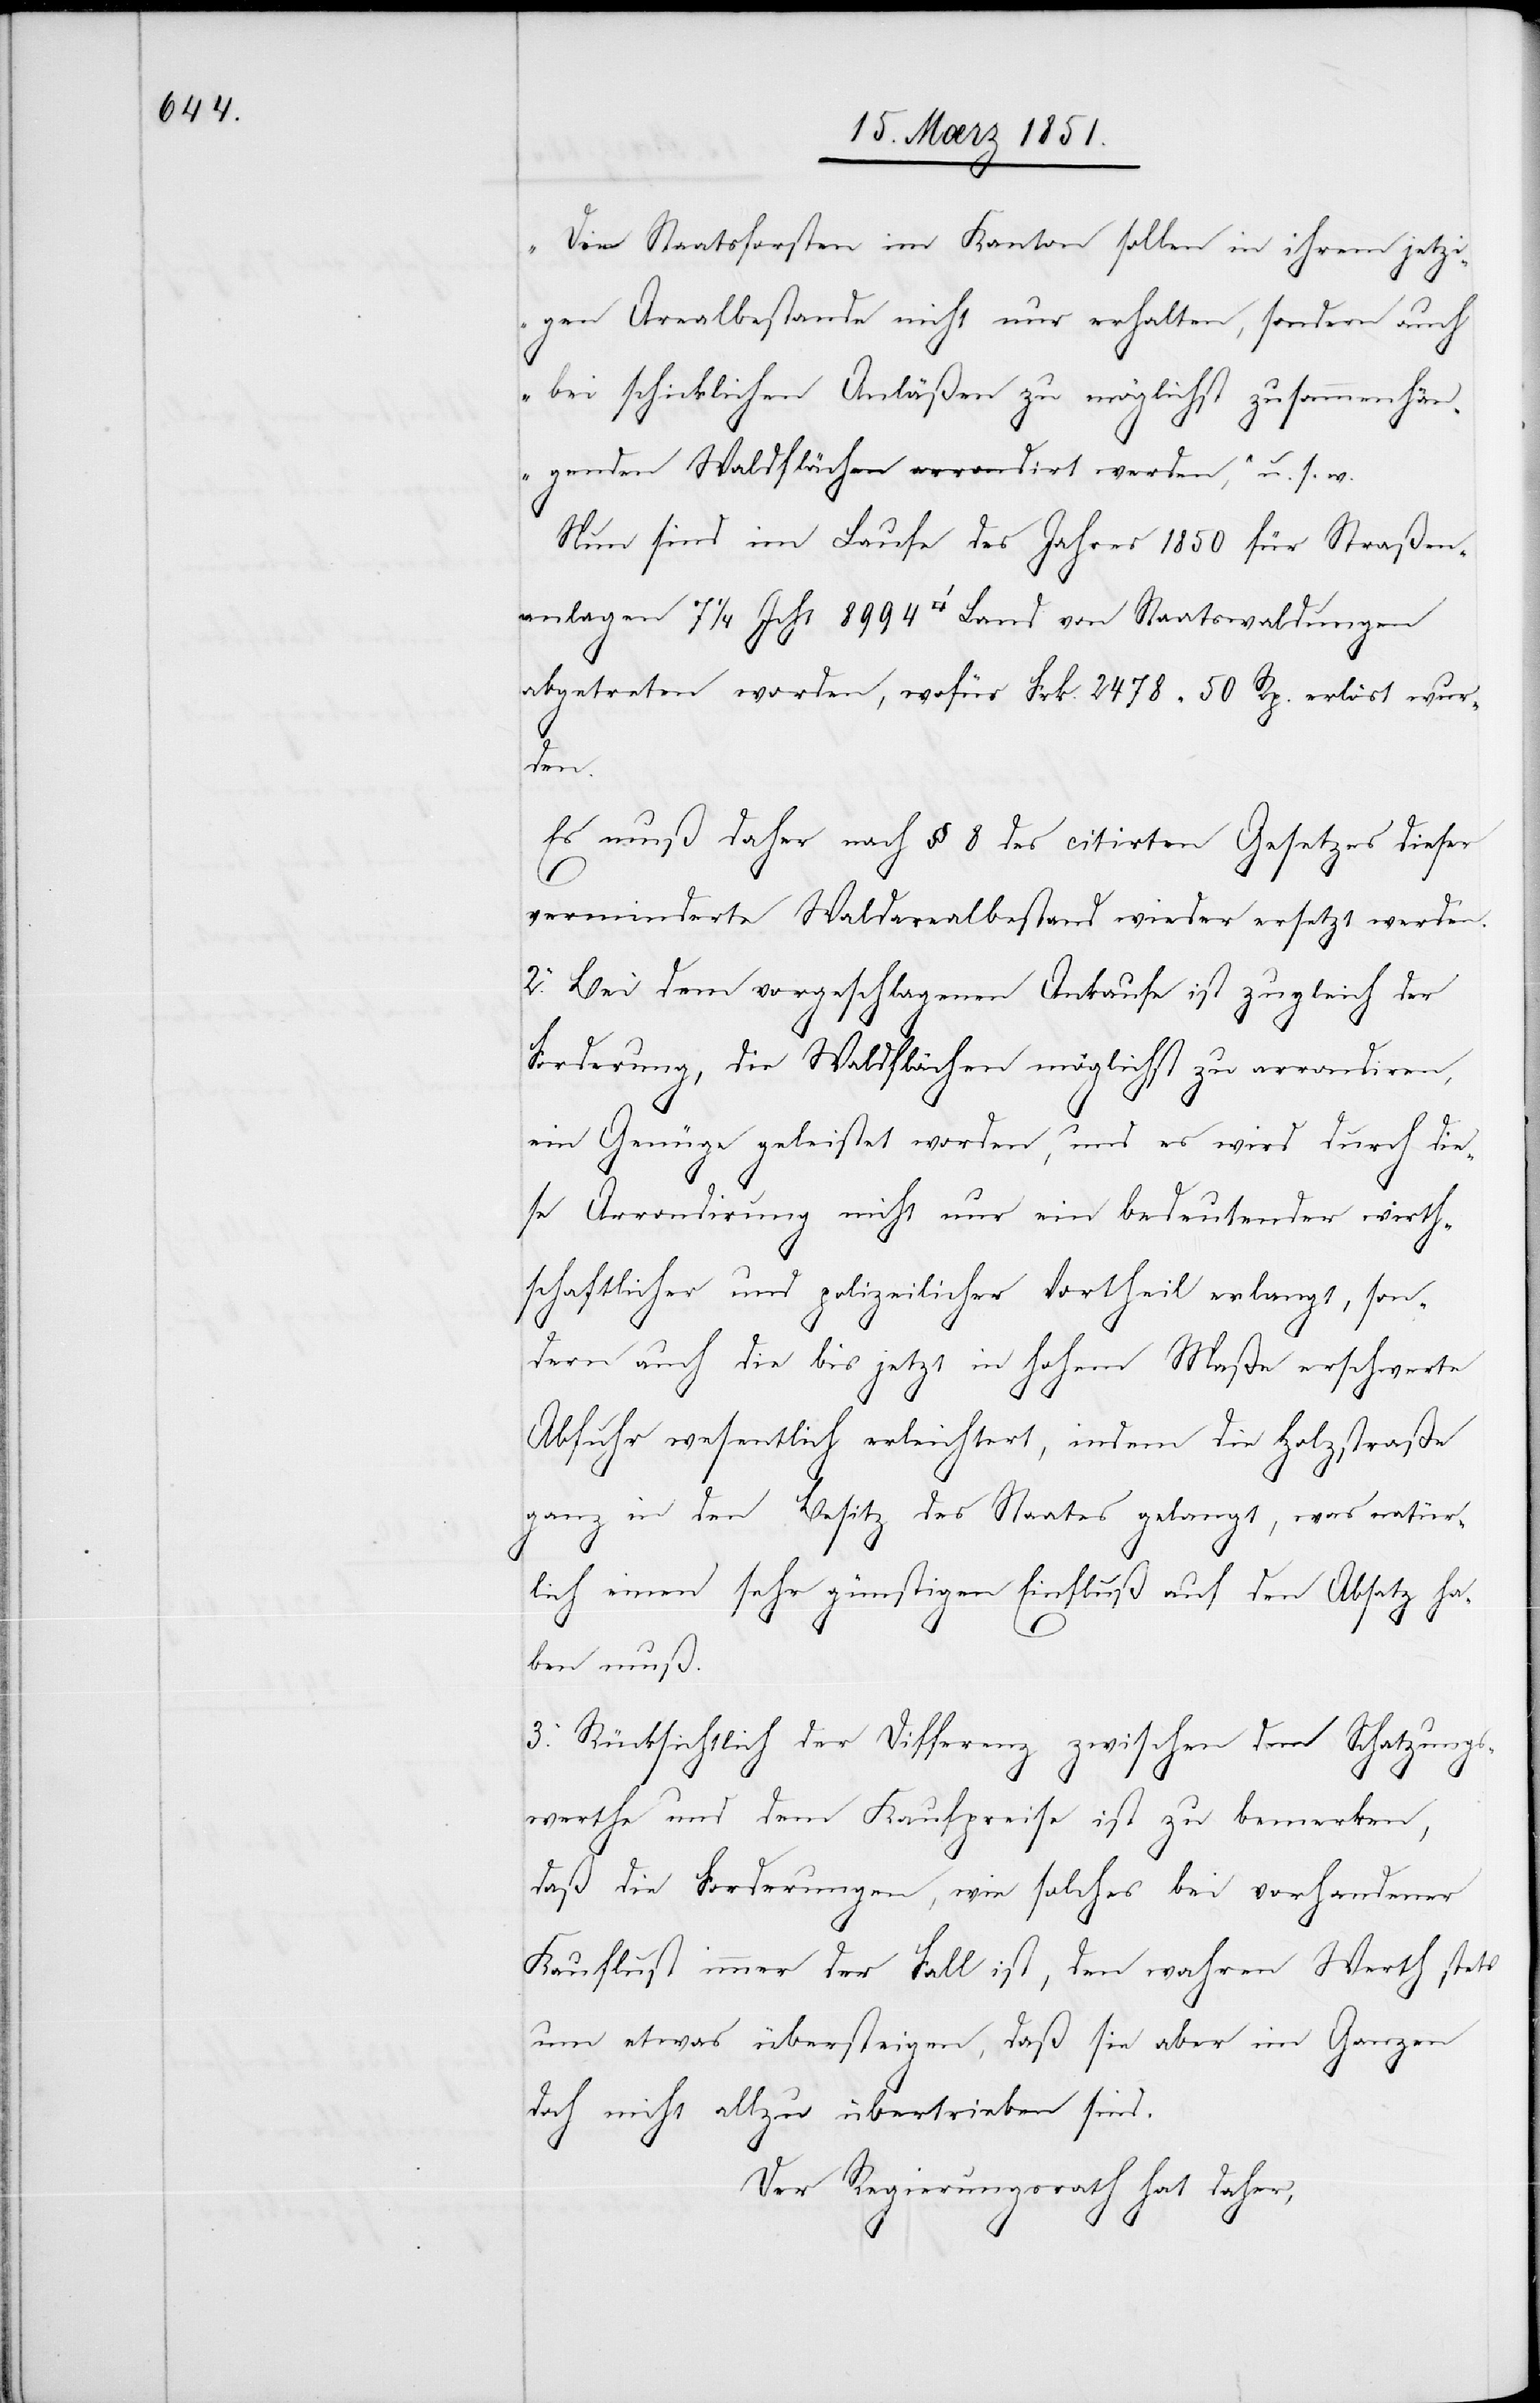
„Die Staatsforsten im Kanton sollen in ihrem jetzi¬
gen Arealbestande nicht nur erhalten, sondern auch
bei schicklichen Anläßen zu möglichst zusammenhän¬
genden Waldflächen arrondirt werden,“ u. s. w.
Nun sind im Laufe des Jahres 1850 für Straßen¬
anlagen 7 1/4 Jcht 8994 [Quadratfuß] Land von Staatswaldungen
abgetreten worden, wofür Frk. 2478 50 Rp. erlöst wur¬
den.
Es muß daher nach § 8 des citirten Gesetzes dieser
verminderte Waldarealbestand wieder ersetzt werden.
2. Bei dem vorgeschlagenen Ankaufe ist zugleich der
Forderung, die Waldflächen möglichst zu arrondiren,
ein Genüge geleistet worden, und es wird durch die¬
se Arrondirung nicht nur ein bedeutender wirth¬
schaftlicher und polizeilicher Vortheil erlangt, son¬
dern auch die bis jetzt in hohem Maße erschwerte
Abfuhr wesentlich erleichtert, indem die Holzstraße
ganz in den Besitz des Staates gelangt, was natür¬
lich einen sehr günstigen Einfluß auf den Absatz ha¬
ben muß.
3. Rücksichtlich der Differenz zwischen dem Schatzungs¬
werthe und dem Kaufpreise ist zu bemerken,
daß die Forderungen, wie solches bei vorhandener
Kauflust immer der Fall ist, den wahren Werth stets
um etwas übersteigen, daß sie aber im Ganzen
doch nicht allzu übertrieben sind.
Der Regierungsrath hat daher,